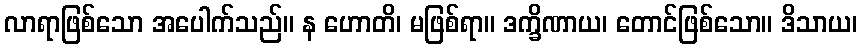
လာရာဖြစ်သော အပေါက်သည်။ န ဟောတိ၊ မဖြစ်ရာ။ ဒက္ခိဏာယ၊ တောင်ဖြစ်သော။ ဒိသာယ၊